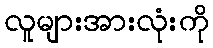
လူများအားလုံးကို